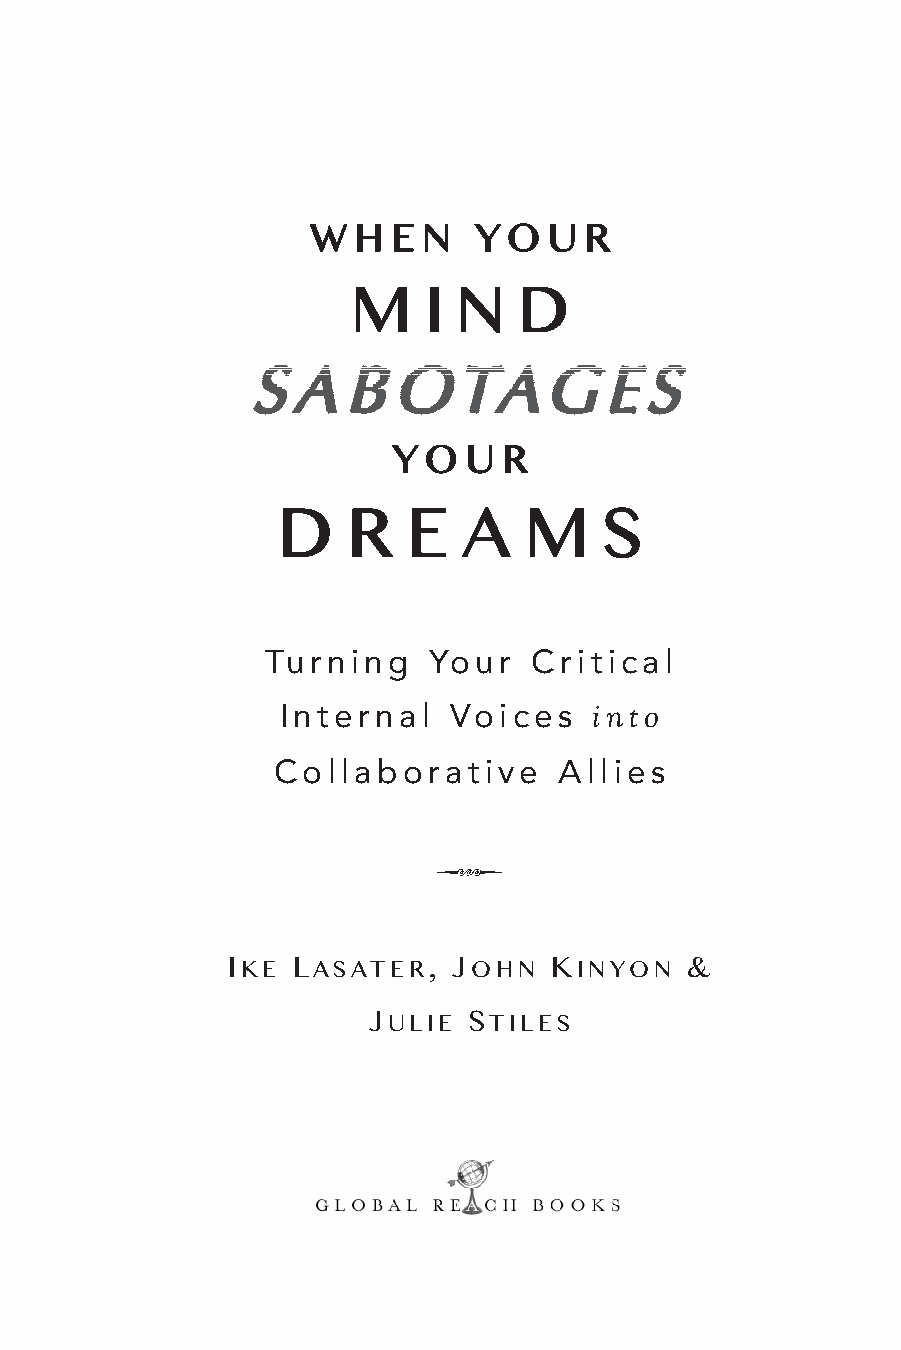
W H  E N  Y  O U  R
 M    I N   D
 S  A  B  OTAG          E  S
 Y O  U R
 D    R   E   A   M    S
 Turning   Your   Critical
 Internal   Voices   into
 Collaborative      Allies
 Q
 IKE LASATER,   JOHN  KINYON   &
 JULIE  STILES